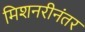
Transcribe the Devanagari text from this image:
मिशनरीनंतर